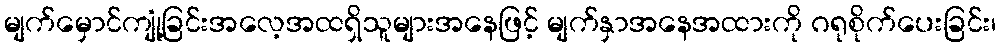
မျက်မှောင်ကျုံ့ခြင်းအလေ့အထရှိသူများအနေဖြင့် မျက်နှာအနေအထားကို ဂရုစိုက်ပေးခြင်း၊